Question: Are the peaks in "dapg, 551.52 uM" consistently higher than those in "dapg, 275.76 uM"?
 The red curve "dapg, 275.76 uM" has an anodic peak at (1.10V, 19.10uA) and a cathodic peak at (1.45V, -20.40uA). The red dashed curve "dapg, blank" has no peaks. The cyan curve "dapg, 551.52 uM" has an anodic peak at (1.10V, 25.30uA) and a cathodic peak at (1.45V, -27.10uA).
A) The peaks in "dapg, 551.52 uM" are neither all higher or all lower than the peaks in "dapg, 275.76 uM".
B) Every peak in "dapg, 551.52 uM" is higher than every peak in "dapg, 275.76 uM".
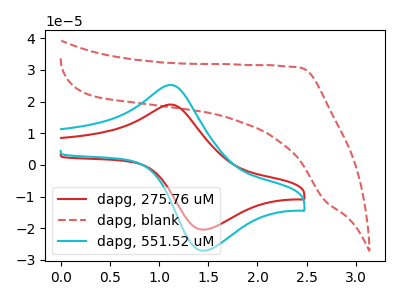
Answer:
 <answer>B) Every peak in "dapg, 551.52 uM" is higher than every peak in "dapg, 275.76 uM".</answer>
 <eval>B</eval>